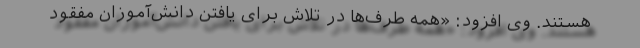
هستند. وی افزود: «همه طرف‌ها در تلاش برای یافتن دانش‌آموزان مفقود